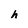
Character: h